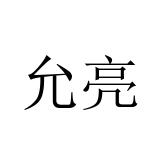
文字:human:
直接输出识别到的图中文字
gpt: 允亮